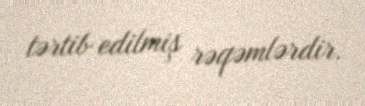
tərtib edilmiş rəqəmlərdir.